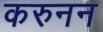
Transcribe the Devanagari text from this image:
करुनन